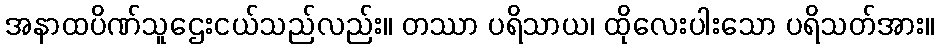
အနာထပိဏ်သူဌေးငယ်သည်လည်း။ တဿာ ပရိသာယ၊ ထိုလေးပါးသော ပရိသတ်အား။